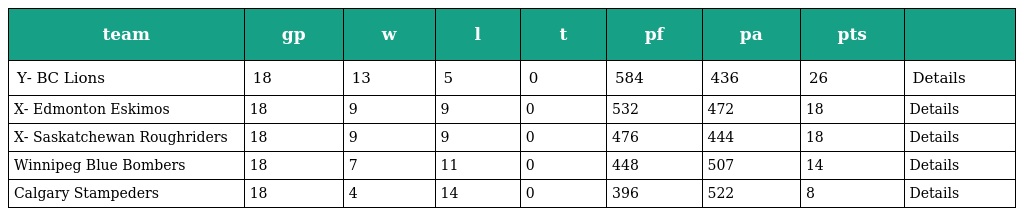
| team | gp | w | l | t | pf | pa | pts |  |
 | --- | --- | --- | --- | --- | --- | --- | --- | --- |
 | Y- BC Lions | 18 | 13 | 5 | 0 | 584 | 436 | 26 | Details |
 | X- Edmonton Eskimos | 18 | 9 | 9 | 0 | 532 | 472 | 18 | Details |
 | X- Saskatchewan Roughriders | 18 | 9 | 9 | 0 | 476 | 444 | 18 | Details |
 | Winnipeg Blue Bombers | 18 | 7 | 11 | 0 | 448 | 507 | 14 | Details |
 | Calgary Stampeders | 18 | 4 | 14 | 0 | 396 | 522 | 8 | Details |